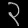
Digit: ၃